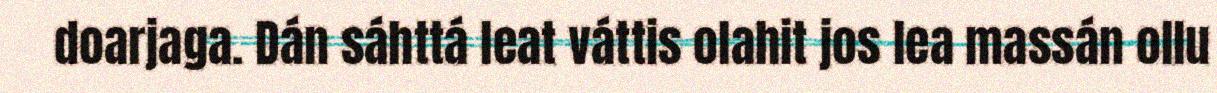
doarjaga. Dán sáhttá leat váttis olahit jos lea massán ollu